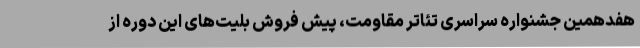
هفدهمین جشنواره سراسری تئاتر مقاومت، پیش فروش بلیت‌های این دوره از